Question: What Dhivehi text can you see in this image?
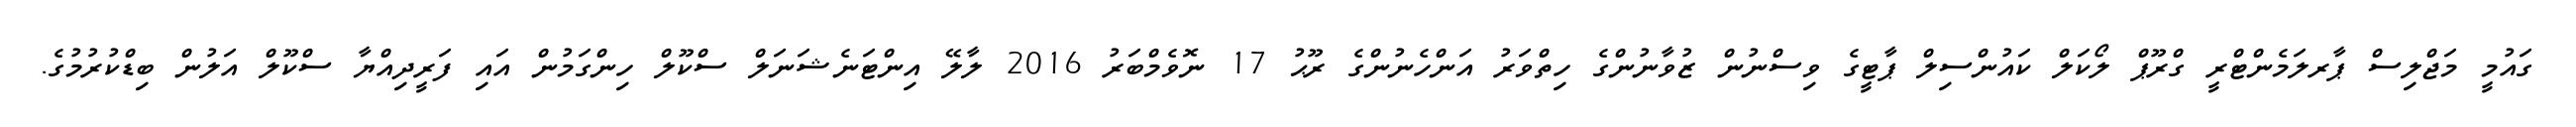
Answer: ގައުމީ މަޖްލިސް ޕާރލަމެންޓްރީ ގްރޫޕް ލޯކަލް ކައުންސިލް ޕާޓީގެ ވިސްނުން ޒުވާނުންގެ ހިތްވަރު އަންހެނުންގެ ރޫޙު 17 ނޮވެމްބަރު 2016 ލާލޭ އިންޓަނެޝަނަލް ސްކޫލް ހިންގަމުން އައި ފަރީދިއްޔާ ސްކޫލް އަލުން ބިޑްކުރުމުގެ.